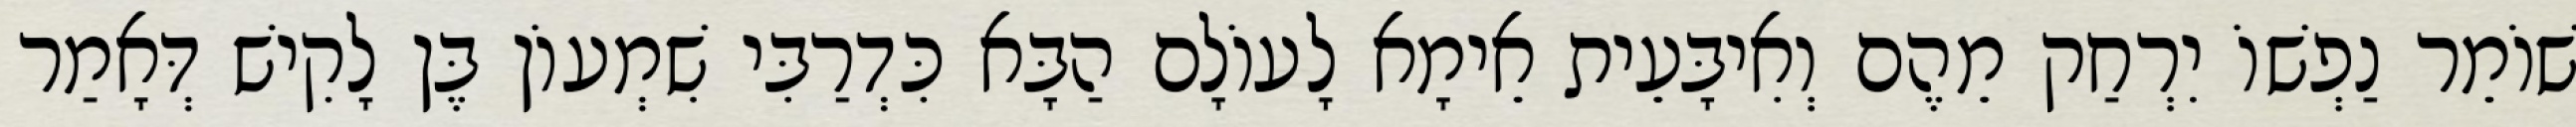
שׁוֹמֵר נַפְשׁוֹ יִרְחַק מֵהֶם וְאִיבָּעֵית אֵימָא לָעוֹלָם הַבָּא כִּדְרַבִּי שִׁמְעוֹן בֶּן לָקִישׁ דְּאָמַר